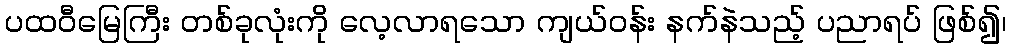
ပထဝီမြေကြီး တစ်ခုလုံးကို လေ့လာရသော ကျယ်ဝန်း နက်နဲသည့် ပညာရပ် ဖြစ်၍၊